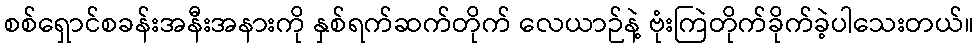
စစ်ရှောင်စခန်းအနီးအနားကို နှစ်ရက်ဆက်တိုက် လေယာဉ်နဲ့ ဗုံးကြဲတိုက်ခိုက်ခဲ့ပါသေးတယ်။